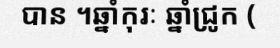
បាន ។ឆ្នាំកុរៈ ឆ្នាំជ្រូក (